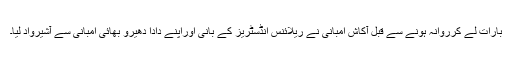
بارات لے کرروانہ ہونے سے قبل آکاش امبانی نے ریلائنس انڈسٹریز کے بانی اوراپنے دادا دھیرو بھائی امبانی سے آشیرواد لیا۔